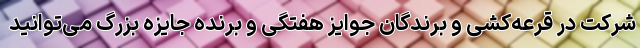
شرکت در قرعه‌کشی و برندگان جوایز هفتگی و برنده جایزه بزرگ می‌توانید